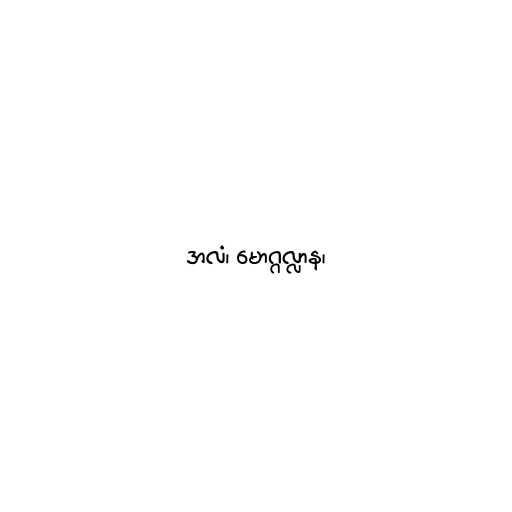
အလံ၊ မောဂ္ဂလ္လာန၊